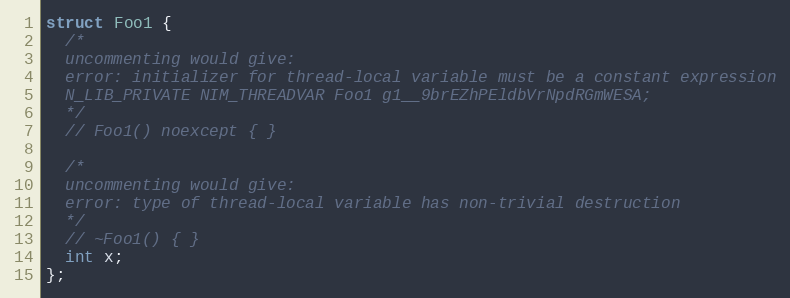
Language: C
struct Foo1 {
  /*
  uncommenting would give:
  error: initializer for thread-local variable must be a constant expression
  N_LIB_PRIVATE NIM_THREADVAR Foo1 g1__9brEZhPEldbVrNpdRGmWESA;
  */
  // Foo1() noexcept { }

  /*
  uncommenting would give:
  error: type of thread-local variable has non-trivial destruction
  */
  // ~Foo1() { }
  int x;
};